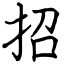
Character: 招